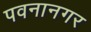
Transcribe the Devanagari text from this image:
पवनानगर